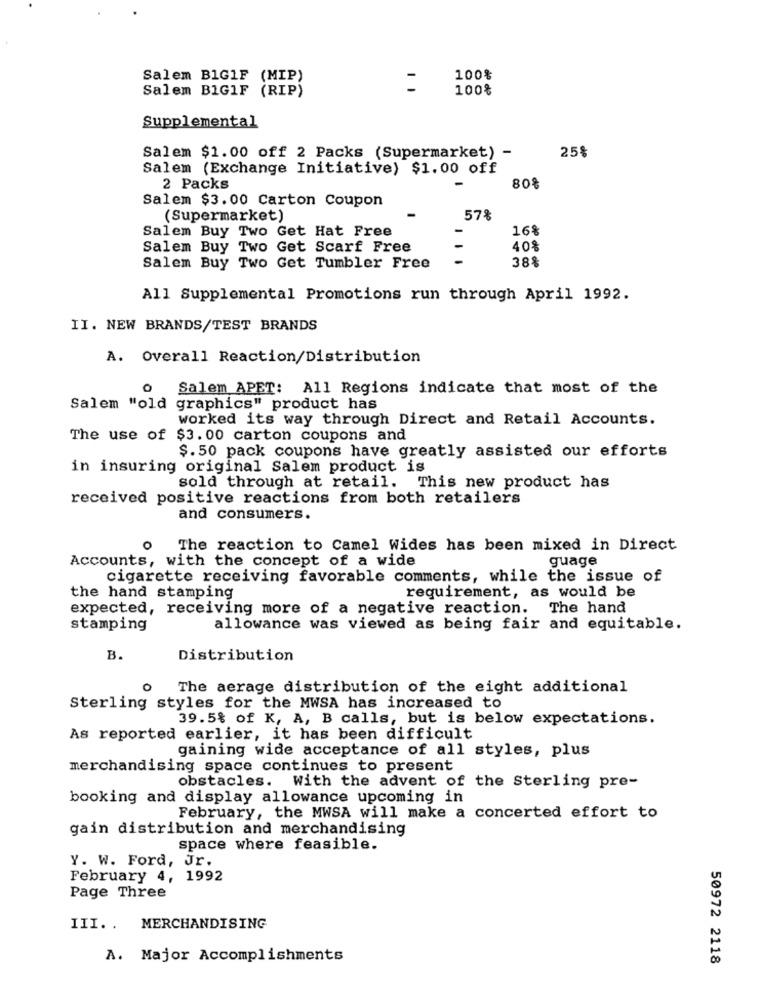
Salem BIG1F (MIP)
100%
Salem BIGIF (RIP)
100%
Supplemental
Salem $1.00 off 2 Packs (Supermarket) -
25%
Salem (Exchange Initiative) $1.00 off
2 Packs
80%
Salem $3.00 Carton Coupon
(Supermarket)
57%
Salem Buy Two Get Hat Free
16%
Salem Buy Two Get Scarf Free
40%
-
38%
Salem Buy Two Get Tumbler Free
All Supplemental Promotions run through April 1992.
II. NEW BRANDS/TEST BRANDS
A. Overall Reaction/Distribution
0
Salem APET: All Regions indicate that most of the
Salem "old graphics" product has
worked its way through Direct and Retail Accounts.
The use of $3.00 carton coupons and
$.50 pack coupons have greatly assisted our efforts
in insuring original Salem product is
sold through at retail. This new product has
received positive reactions from both retailers
and consumers.
The reaction to Camel Wides has been mixed in Direct
Accounts, with the concept of a wide
guage
cigarette receiving favorable comments, while the issue of
requirement, as would be
the hand stamping
expected, receiving more of a negative reaction. The hand
stamping
allowance was viewed as being fair and equitable.
B.
Distribution
O
The aerage distribution of the eight additional
Sterling styles for the MWSA has increased to
39.5% of K, A, B calls, but is below expectations.
As reported earlier, it has been difficult
gaining wide acceptance of all styles, plus
merchandising space continues to present
obstacles. With the advent of the Sterling pre-
booking and display allowance upcoming in
February, the MWSA will make a concerted effort to
gain distribution and merchandising
space where feasible.
Y. W. Ford, Jr.
February 4, 1992
Page Three
III .. MERCHANDISING
A. Major Accomplishments
50972 2118